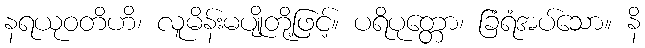
နရယုဝတိဟိ၊ လူမိန်းမပျိုတို့ဖြင့်။ ပရိပုတ္တော၊ ခြံရံအပ်သော။ နိ